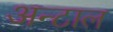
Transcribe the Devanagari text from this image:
अन्टाल